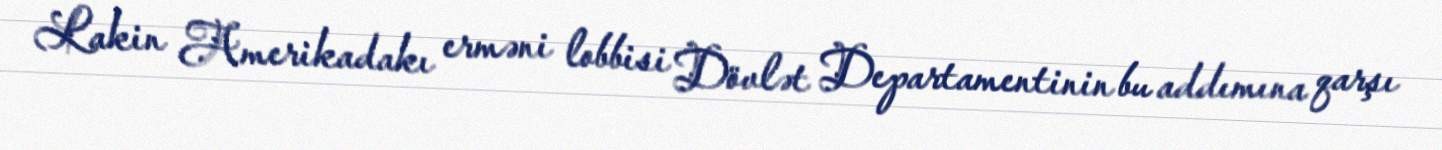
Lakin Amerikadakı erməni lobbisi Dövlət Departamentinin bu addımına qarşı